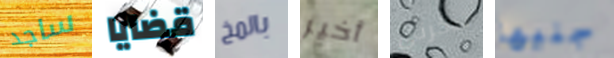
ساجد قضايا بالمخ أخير تذكرنى جنيها